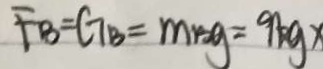
F _ { B } = G _ { B } = m r g = 9 k g x